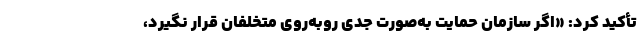
تأکید کرد: «اگر سازمان حمایت به‌صورت جدی روبه‌روی متخلفان قرار نگیرد،